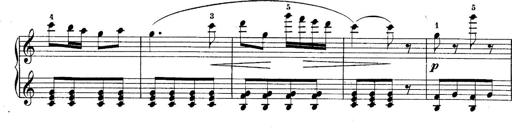
Title: 10 Sonatines progressives
Composer: Anton Schmoll